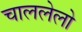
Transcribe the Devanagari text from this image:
चाललेलो